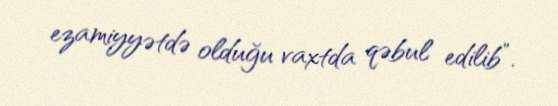
ezamiyyətdə olduğu vaxtda qəbul edilib”.